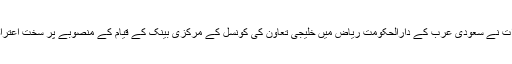
متحدہ عرب امارات نے سعودی عرب کے دارالحکومت ریاض میں خلیجی تعاون کی کونسل کے مرکزی بینک کے قیام کے منصوبے پر سخت اعتراضات کئے تھے۔